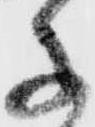
子